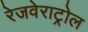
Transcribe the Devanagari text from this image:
रेजवेराट्रोल